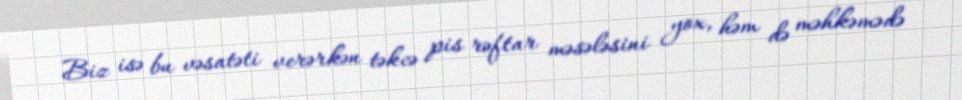
Biz isə bu vəsatəti verərkən təkcə pis rəftar məsələsini yox, həm də məhkəmədə